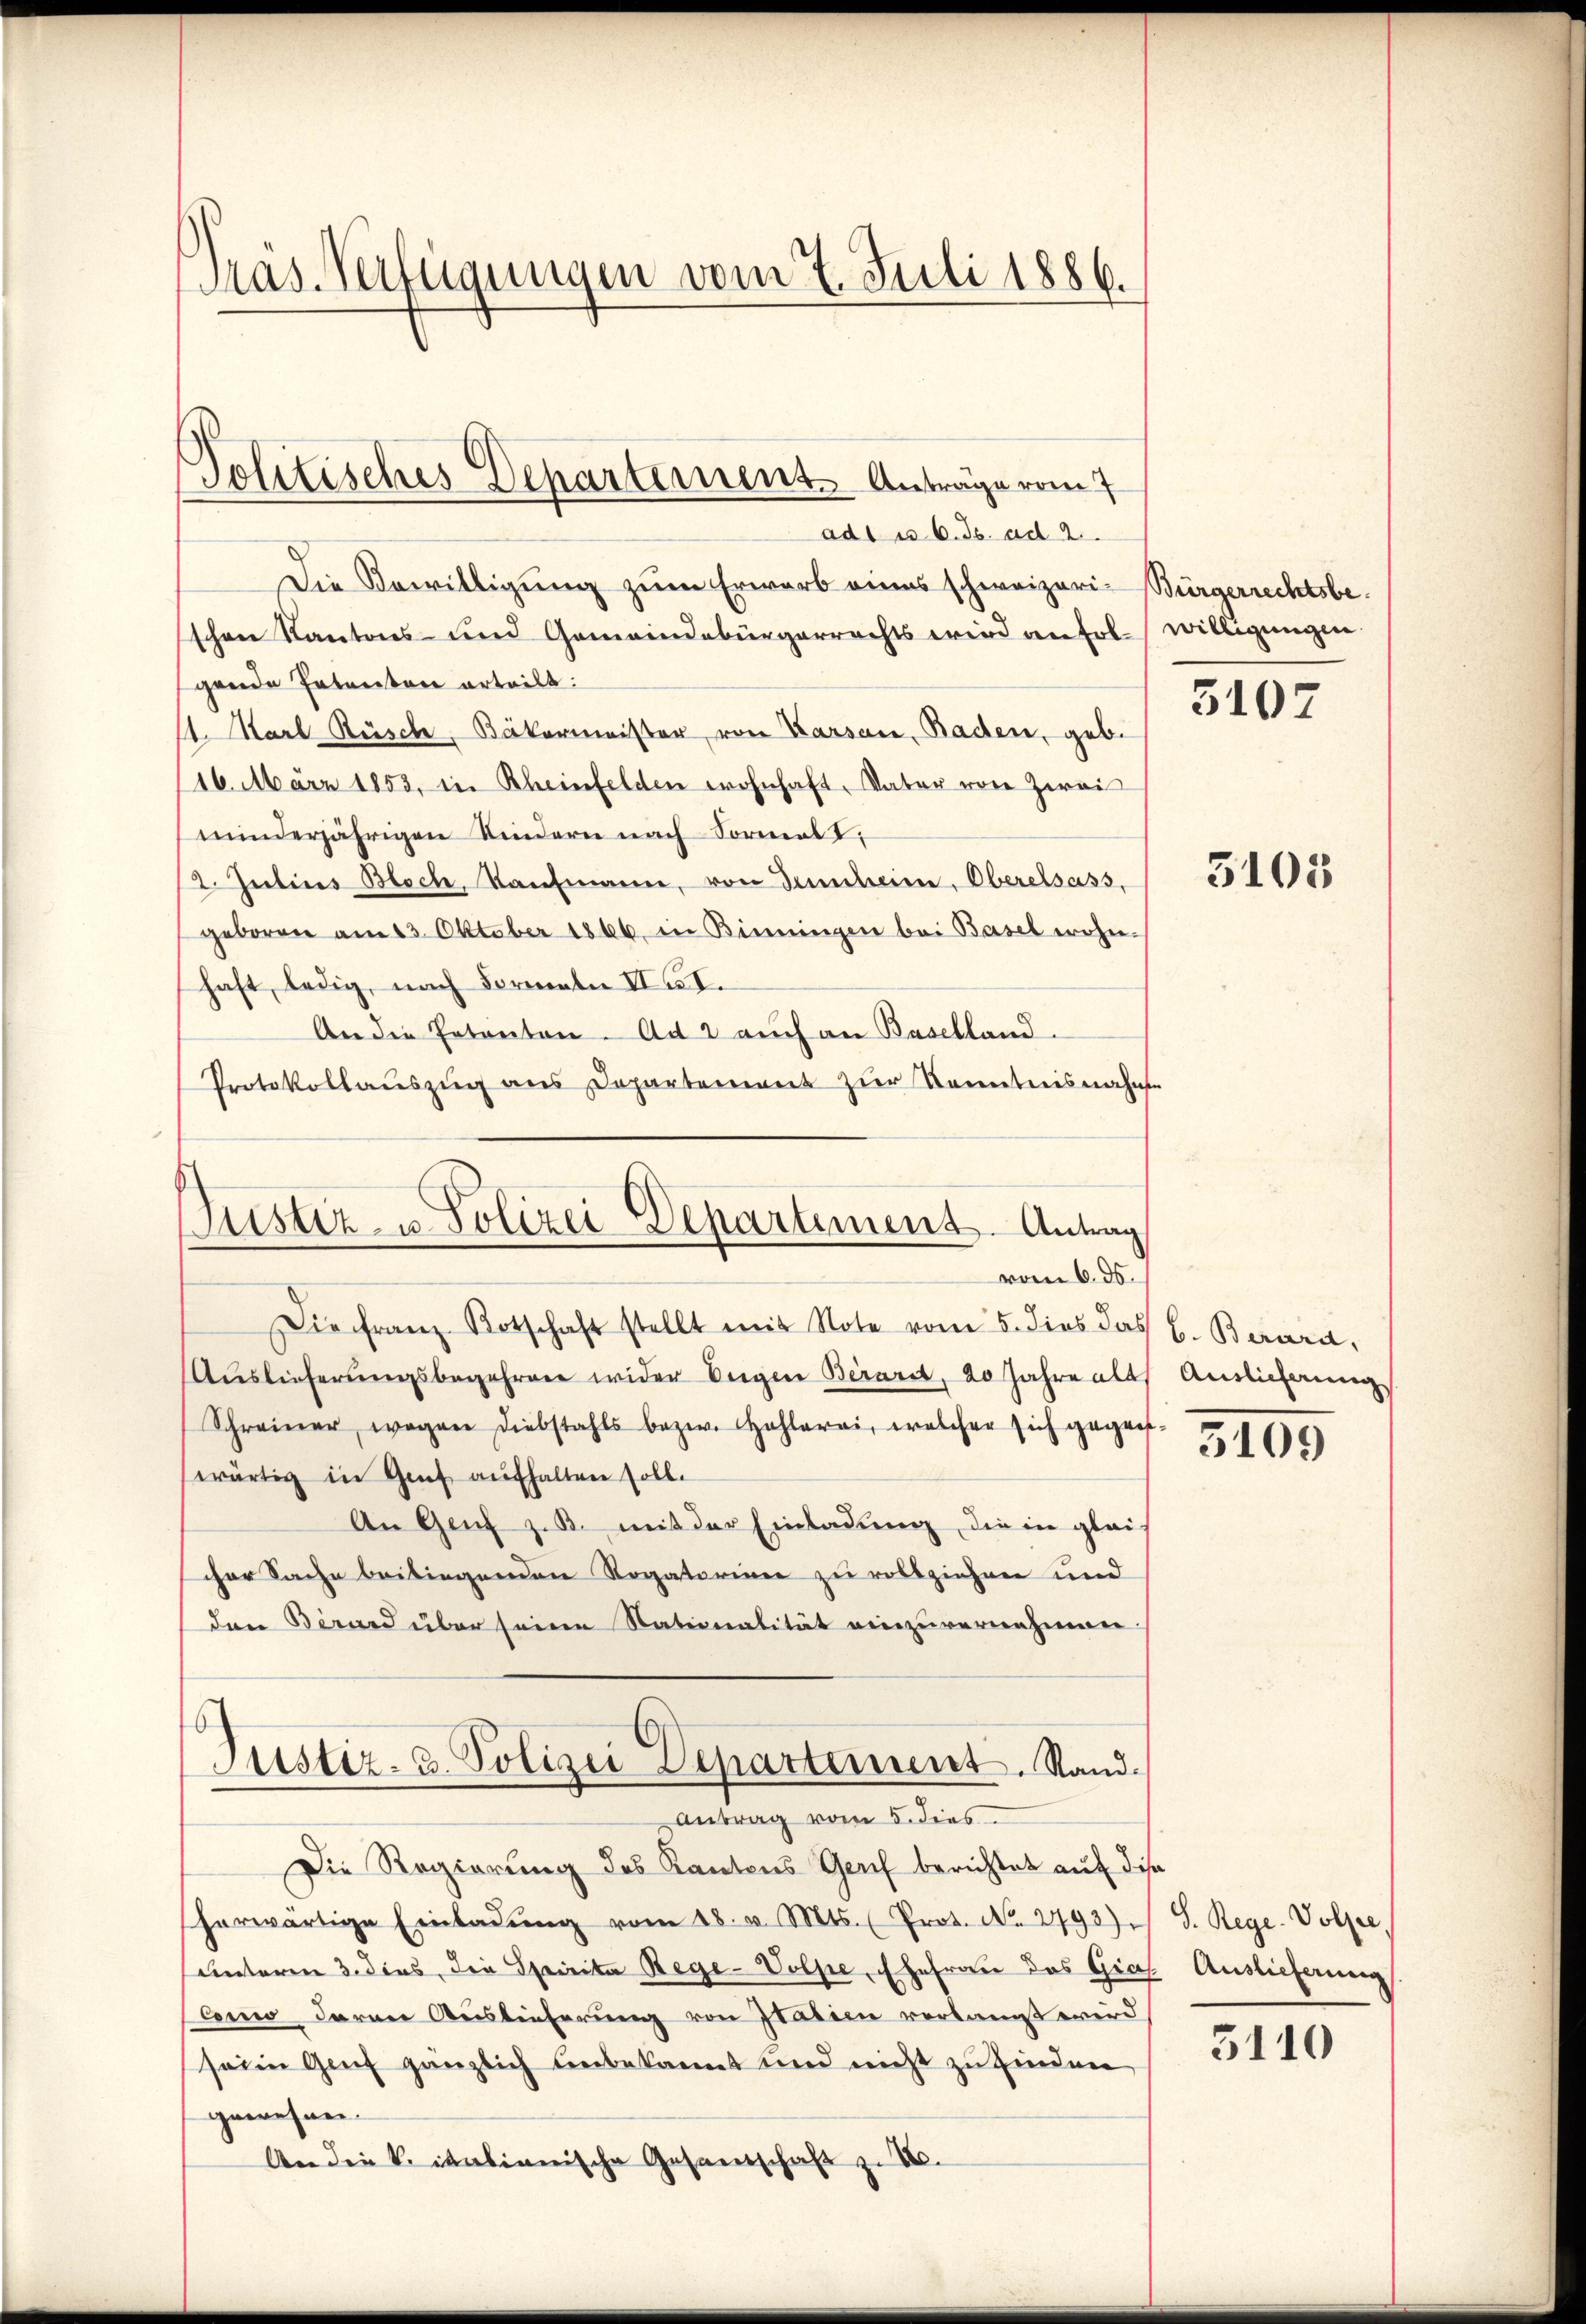
Mas- Verfügungen vom 7. Juli 1886.

Politisches Departernen Anträge vom 7.

ad1 u. 6. ds. ad 2.
Die Bewilligung zum Erwarb eines schweizeri-Bürgerrechtsbeschen Kantons- und Gemeindebürgerrechts wird an fol-willigungen.
gende Patenten erteilt:
1. Karl Rüsche, Bäkermeister, von Karsau, Baden, geb.
116. März 1853, in Rheinfelden wohnhaft, Vater von Zwei
minderjährigen Kindern nach Formal V
2. Julius Bloch, Kaufmann, von Gescheine, Oberelsass,
geboren am 23. Oktober 1866. in Binningen bei Basel wohn-
haft, ledig, nach Formeln III.
An die Petenten. Ad 2 auch an Baselland.
Protokollauszug aus Departement zur Kenntnisnahme

Pustiz- u. Polizei Departement. Antrag
vom 6. ds.

Die Franz Botschaft stellt mit Note vom 5. dies das l. Barard,
Auslieferungsbegehren wider beigen Beraret, 20 Jahre alt Auslieferung
Schreiner wegen Diebstahls bezw. Hohlerei, welcher sich gegen:
wärtig in Genf aufhalten soll.
An Genf z. B. mit der Einladung, die in glei-
cher Sache beiliegenden Rogatorium zu vollziehen und
den Bernd über seine Nationalität einzuvernehmen
Justiz. 3. Polizei Departement. Stand.
Antrag vom 5. dies
Die Regierung des Kantons Genf berichtet auf diese
herwärtige Einladŭng vom 18. v. Mts. (Prot. No. 2793).
unterm 3. dies die Spirita Rege-Volpe, Ehefrau das Gios. Auslieferung
leno daran Auslieferung von Statien verlangt wird
sein Genf gänzlich unbekannt und nicht zu finden
gewesen.
An die k. italienische Gesandschaft zu 10.

5107

5105

5109

S. Rege-Volfe

3110